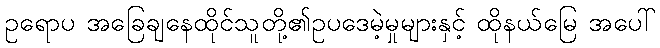
ဥရောပ အခြေချနေထိုင်သူတို့၏ဥပဒေမဲ့မှုများနှင့် ထိုနယ်မြေ အပေါ်